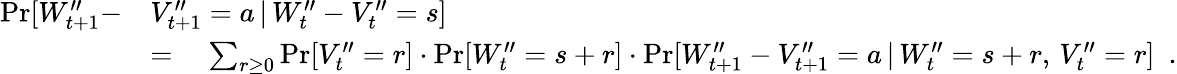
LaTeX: \begin{array}{rl}{\operatorname*{Pr}[W_{t+1}^{\prime\prime}-}&{V_{t+1}^{\prime\prime}=a\, |\, W_{t}^{\prime\prime}-V_{t}^{\prime\prime}=s]}\\ &{=\quad\sum_{r\ge 0}\operatorname*{Pr}[V_{t}^{\prime\prime}=r]\cdot\operatorname*{Pr}[W_{t}^{\prime\prime}=s+r]\cdot\operatorname*{Pr}[W_{t+1}^{\prime\prime}-V_{t+1}^{\prime\prime}=a\, |\, W_{t}^{\prime\prime}=s+r,\, V_{t}^{\prime\prime}=r]\enspace.}\end{array}